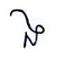
ង